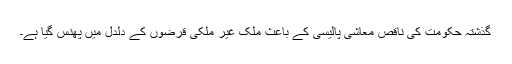
گذشتہ حکومت کی ناقص معاشی پالیسی کے باعث ملک غیر ملکی قرضوں کے دلدل میں پھنس گیا ہے۔